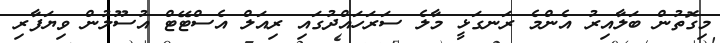
މިގޮތުން ބަލާއިރު އެންމެ ރަނގަޅީ މާލެ ސަރަހައްދުގައި ރިއަލް އެސްޓޭޓް އުސޫލުން ވިޔަފާރި